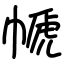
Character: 㡗